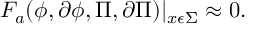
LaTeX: F _ { a } ( \phi , \partial \phi , \Pi , \partial \Pi ) | _ { x \epsilon \Sigma } \approx 0 .